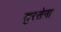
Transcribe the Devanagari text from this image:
सुरसेना